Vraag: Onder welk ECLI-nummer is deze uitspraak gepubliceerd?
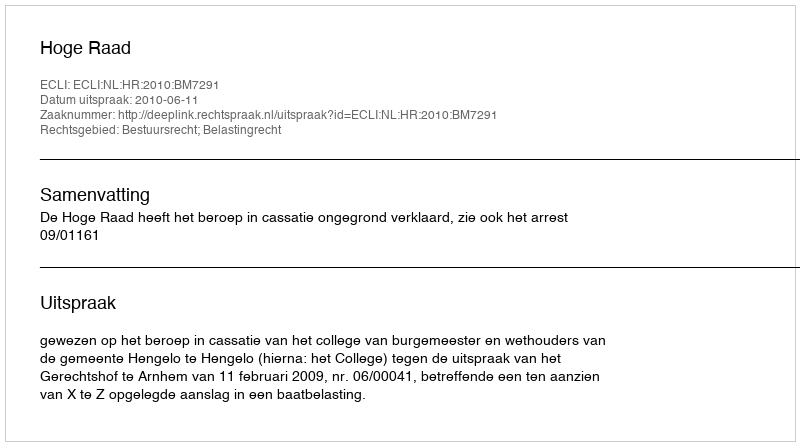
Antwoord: ECLI:NL:HR:2010:BM7291